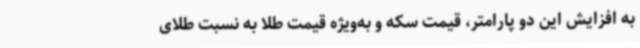
به افزایش این دو پارامتر، قیمت سکه و به‌ویژه قیمت طلا به نسبت طلای